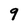
Character: 9